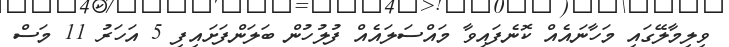
ވިލިމާލޭގައި މަހާނައެއް ކޮނެފައިވާ މައްސަލައެއް ފުލުހުން ބަލަންފަށައިފި 5 އަހަރު 11 މަސް